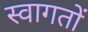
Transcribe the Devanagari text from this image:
स्वागतों